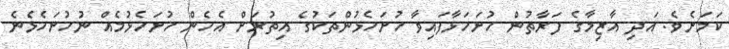
ކަމަށެވެ. އަދި އާޒިމާގެ ފަރާތުން ހުށަހަޅާފައިވާ ހުށަހެޅުންތަކުގެ އިތުރަށް އެހެން ހުށަހެޅުމެއް ނުހުށަހެޅެނެ